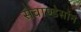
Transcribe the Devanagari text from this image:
सेवाण्डेर्सोन